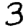
Digit: 3